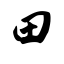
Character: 田